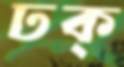
ঢক্